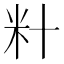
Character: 籵